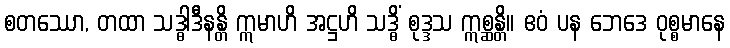
စတဿော, တထာ သဒ္ဓါဒီနန္တိ ဣမာဟိ အဋ္ဌဟိ သဒ္ဓိံ စုဒ္ဒသ ဣစ္ဆန္တိ။ ဧဝံ ပန ဘေဒေ ဝုစ္စမာနေ